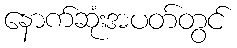
နောက်ဆုံးအပတ်တွင်